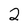
Character: 2